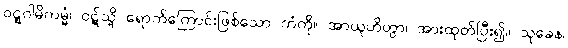
ဝဋ္ဋဂါမိကမ္မံ၊ ဝဋ်သို့ ရောက်ကြောင်းဖြစ်သော ကံကို။ အာယူဟိတွာ၊ အားထုတ်ပြီး၍။ သုခေန၊